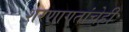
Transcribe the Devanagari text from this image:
शरणागतांचेही